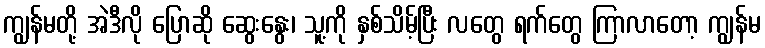
ကျွန်မတို့ အဲဒီလို ပြောဆို ဆွေးနွေး၊ သူ့ကို နှစ်သိမ့်ပြီး လတွေ ရက်တွေ ကြာလာတော့ ကျွန်မ